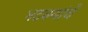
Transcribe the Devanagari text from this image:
भटक्यांचे